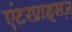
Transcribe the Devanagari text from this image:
एंटरप्राइसज़